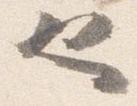
也